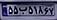
۵۵ب۵۱۸۶۷